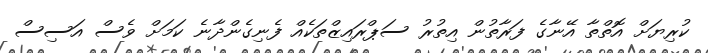
ކުރިޔަށް އޮތްތާ އޭނާގެ ފަރާތުން އިތުރު ސަޕްރައިޒްތަކެއް ފެނިގެންދާނެ ކަމަށް ވެސް އަސިސް